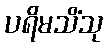
ပရိမသိံသု